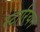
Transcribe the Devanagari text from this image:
स्टारियन